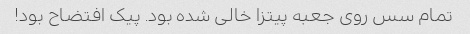
تمام سس روی جعبه پیتزا خالی شده بود. پیک افتضاح بود!